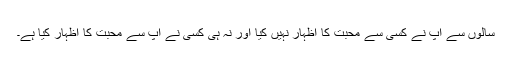
سالوں سے آپ نے کسی سے محبت کا اظہار نہیں کیا اور نہ ہی کسی نے آپ سے محبت کا اظہار کیا ہے۔